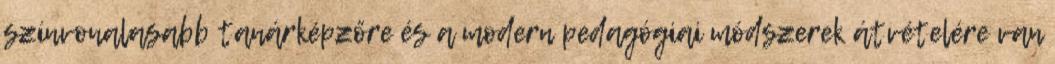
színvonalasabb tanárképzőre és a modern pedagógiai módszerek átvételére van